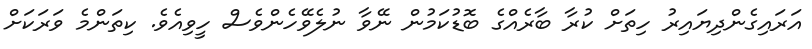
އަރައިގެންދިޔައިރު ހިތަށް ކުރާ ބާރެއްގެ ބޮޑުކަމުން ނޭވާ ނުލެވޭހެންވެސް ހީވިއެވެ. ކިތަންމެ ވަރަކަށް